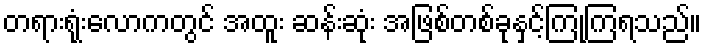
တရားရုံးလောကတွင် အထူး ဆန်းဆုံး အဖြစ်တစ်ခုနှင့်ကြုံကြရသည်။